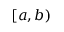
[ a , b )